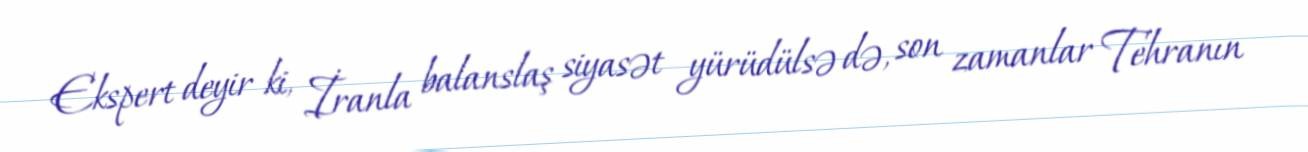
Ekspert deyir ki, İranla balanslaş siyasət yürüdülsə də, son zamanlar Tehranın